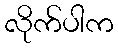
လိုက်ပါက